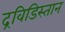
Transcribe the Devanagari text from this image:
द्रविडिस्तान